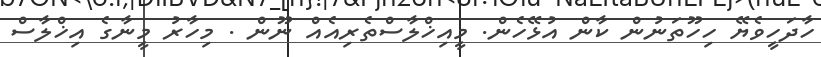
ހާދަހީވެޔޭ ހިހޫތަނުން ކާން އުޅޭހެން. މީއިޚްލާސްތެރިއެއް ނޫން . މިހާރު މީނާގެ އިޚްލާސް